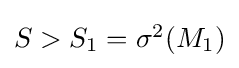
{\textstyle S>S_{1}=\sigma ^{2}(M_{1})}